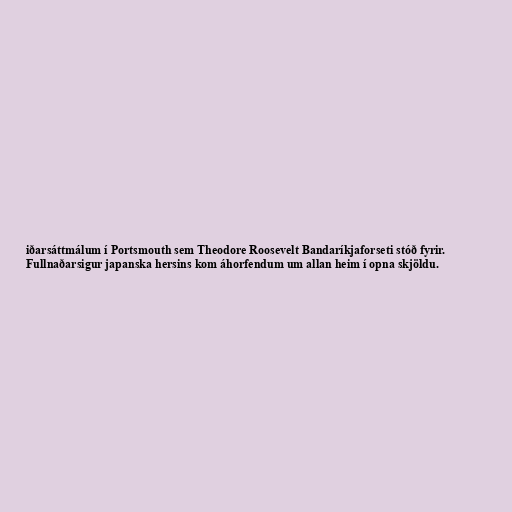
iðarsáttmálum í Portsmouth sem Theodore Roosevelt Bandaríkjaforseti stóð fyrir.
Fullnaðarsigur japanska hersins kom áhorfendum um allan heim í opna skjöldu.